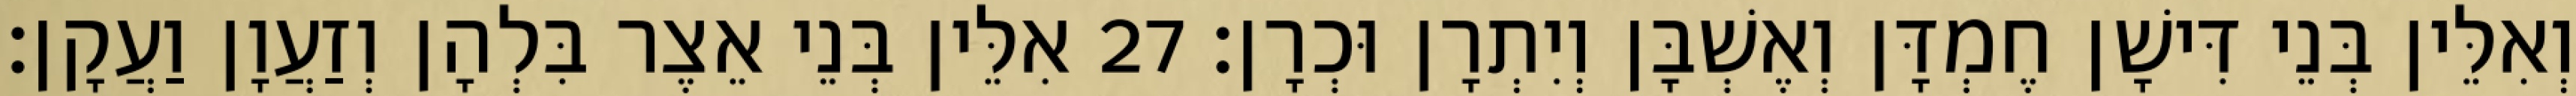
וְאִלֵּין בְּנֵי דִּישָׁן חֶמְדָּן וְאֶשְׁבָּן וְיִתְרָן וּכְרָן׃ 27 אִלֵּין בְּנֵי אֵצֶר בִּלְהָן וְזַעֲוָן וַעֲקָן׃